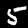
Label: 5